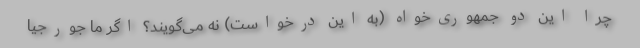
چرا این دو جمهوری‌خواه (به این درخواست) نه می‌گویند؟ اگر ما جورجیا